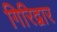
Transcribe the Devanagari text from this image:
गिरिद्वार